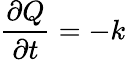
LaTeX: {\frac{\partial Q}{\partial t}}=-k